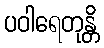
ပဝါရေတုန္တိ